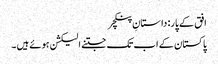
افق کے پار: داستانِ پنکچر
پاکستان کے اب تک جتنے الیکشن ہوئے ہیں ۔